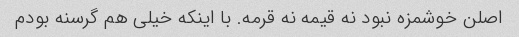
اصلن خوشمزه نبود نه قیمه نه قرمه. با اینکه خیلی هم گرسنه بودم